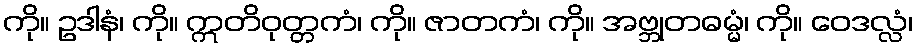
ကို။ ဥဒါနံ၊ ကို။ ဣတိဝုတ္တကံ၊ ကို။ ဇာတကံ၊ ကို။ အဗ္ဘုတဓမ္မံ၊ ကို။ ဝေဒလ္လံ၊